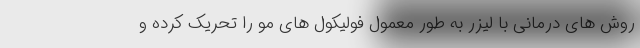
روش های درمانی با لیزر به طور معمول فولیکول های مو را تحریک کرده و